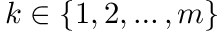
k \in \{ 1 , 2 , \dots , m \}